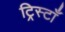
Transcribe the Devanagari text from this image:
ट्रिस्टाँ